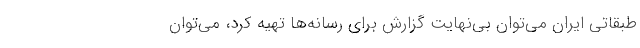
طبقاتی ایران می‌توان بی‌نهایت گزارش‌ برای رسانه‌ها تهیه کرد، می‌توان